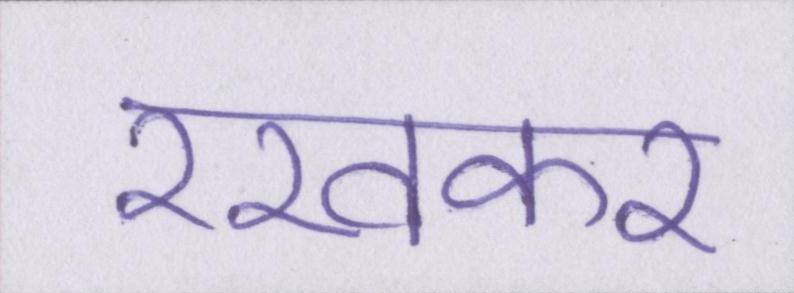
रखकर